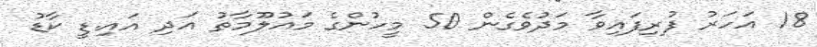
18 އަހަރު ފުރިފައިވާ މަދުވެގެން 50 މީހުންގެ މައުލޫމާތު އަދި އައި.ޑީ ކާޑު